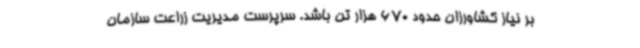
بر نیاز کشاورزان حدود 670 هزار تن باشد. سرپرست مدیریت زراعت سازمان